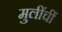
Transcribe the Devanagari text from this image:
मुलींचीं